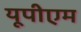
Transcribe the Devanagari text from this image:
यूपीएम